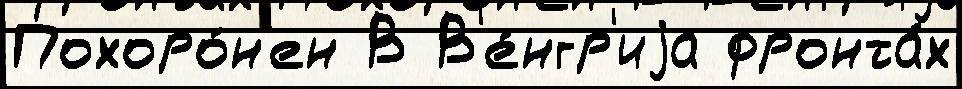
Похоро́н'ен В В'е́нгр'иjа фронта́х